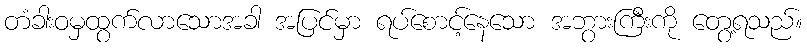
တံခါးဝမှထွက်လာသောအခါ အပြင်မှာ ရပ်စောင့်နေသော အဘွားကြီးကို တွေ့ရသည်။